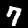
Digit: 7